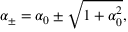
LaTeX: \alpha _ { \pm } = \alpha _ { 0 } \pm \sqrt { 1 + \alpha _ { 0 } ^ { 2 } } ,